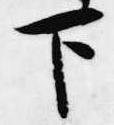
下